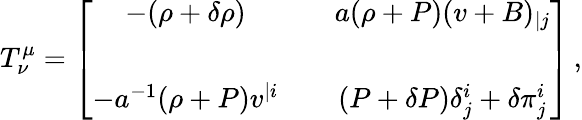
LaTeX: T_{\nu}^{\mu}=\left[\begin{array}{ccc}{{-(\rho+\delta\rho)}}&{{}}&{{a(\rho+P)(v+B)_{|j}}}\\ {{}}&{{}}&{{}}\\ {{-a^{-1}(\rho+P)v^{|i}}}&{{}}&{{(P+\delta P)\delta_{j}^{i}+\delta\pi_{j}^{i}}}\end{array}\right]\, ,